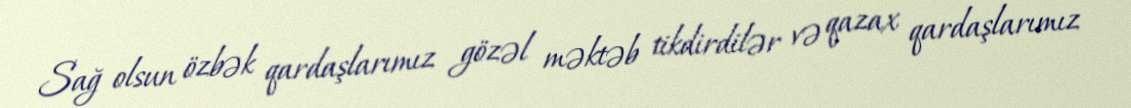
Sağ olsun özbək qardaşlarımız gözəl məktəb tikdirdilər və qazax qardaşlarımız